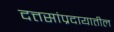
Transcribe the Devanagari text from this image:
दत्तसांप्रदायातील